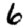
Digit: 6